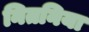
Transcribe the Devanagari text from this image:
नितनिया